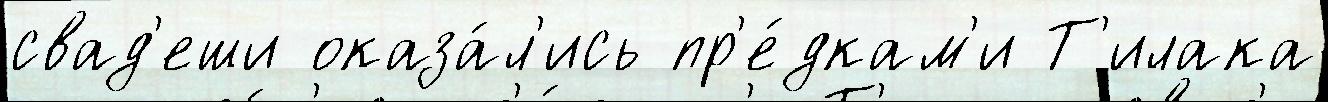
свад'еши оказа́л'ись пр'е́дкам'и Т'илака